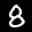
Label: 8